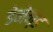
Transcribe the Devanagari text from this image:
डेमेन्ड